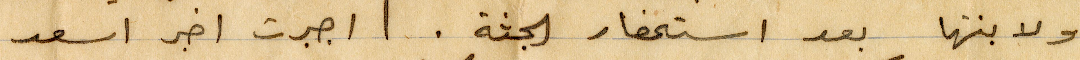
ولابنتها بعد استحضار الجثة. جبرت اخبر اسعد